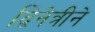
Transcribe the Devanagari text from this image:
द्विनेत्रीने